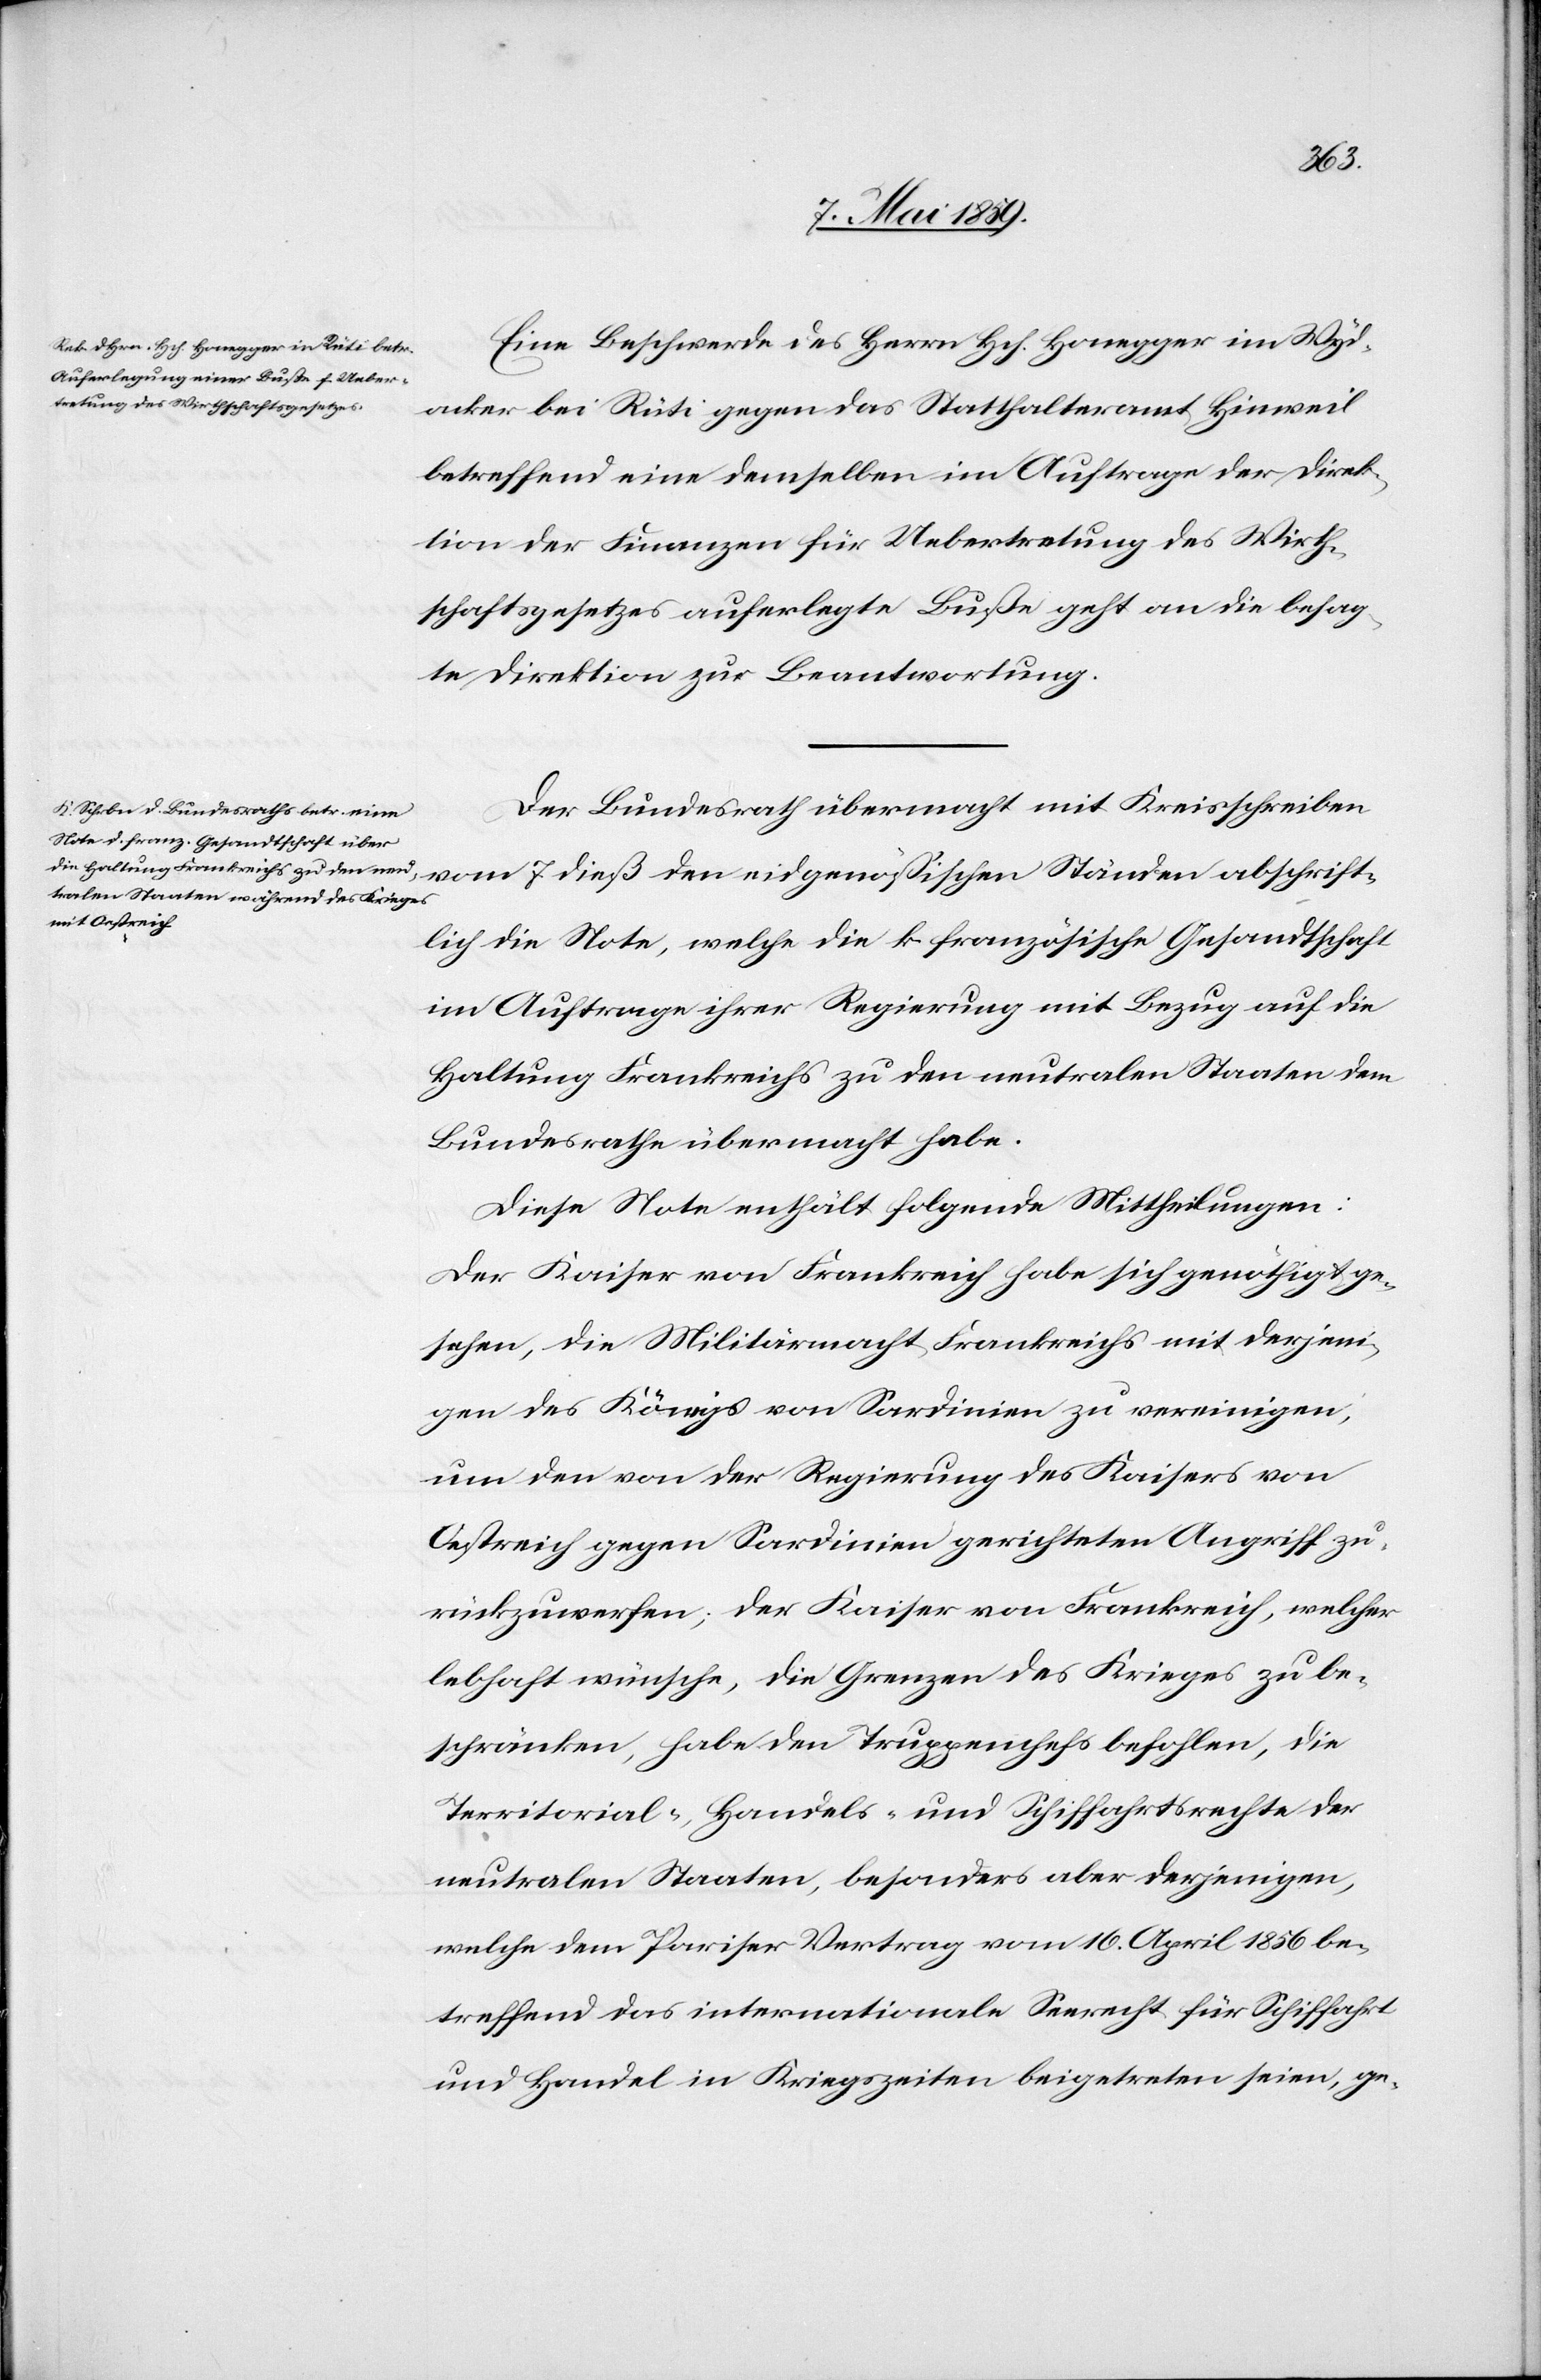
abschrift¬
9. Mai 1859.]
Eine Beschwerde des Herrn Hch. Honegger im Wyd¬
acker bei Rüti gegen das Statthalteramt Hinweil
betreffend eine demselben im Auftrage der Direk¬
tion der Finanzen für Uebertretung des Wirth¬
schaftsgesetzes auferlegte Buße geht an die besag¬
t Direktion zur Beantwortung.
Der Bundesrath übermacht mit Kreisschreiben
lich die Note, welche die k. französische Gesandtschaft
im Auftrage ihrer Regierung mit Bezug auf die
Haltung Frankreichs zu den neutralen Staaten dem
Bundesrathe übermacht habe.
Diese Note enthält folgende Mittheilungen:
Der Kaiser von Frankreich habe sich genöthigt ge¬
sehen, die Militärmacht Frankreichs mit derjeni¬
gen des Königs von Sardinien zu vereinigen,
um den von der Regierung des Kaisers von
Oestreich gegen Sardinien gerichteten Angriff zu¬
rückzuwerfen; der Kaiser von Frankreich, welcher
lebhaft wünsche, die Grenzen des Krieges zu be¬
schränken, habe den Truppenchefs befohlen, die
Territorial-, Handels- und Schiffahrtsrechte der
neutralen Staaten, besonders aber derjenigen,
welche dem Pariser Vertrag vom 10. April 1856 be¬
treffend das internationale Seerecht für Schiffahrt
und Handel in Kriegszeiten beigetreten seien, ge-